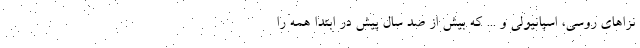
نزاهای روسی، اسپانیولی و ... که بیش از صد سال پیش در ابتدا همه را